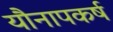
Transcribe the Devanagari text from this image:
यौनापकर्ष